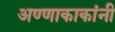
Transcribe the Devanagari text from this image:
अण्णाकाकांनी